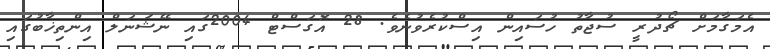
އެމަގާމަށް ޗޯދުރީ ސުޖާތު ހުސައިން އިސްކުރެވުނެވެ. 28 އޮގަސްޓް 2004ގައި ނޭޝަނަލް އިންތިޚާބުގައި